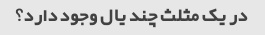
در یک مثلث چند یال وجود دارد؟